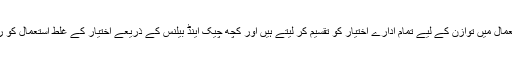
طاقت کے استعمال میں توازن کے لیے تمام ادارے اختیار کو تقسیم کر لیتے ہیں اور کچھ چیک اینڈ بیلنس کے ذریعے اختیار کے غلط استعمال کو روک لیتے ہیں۔